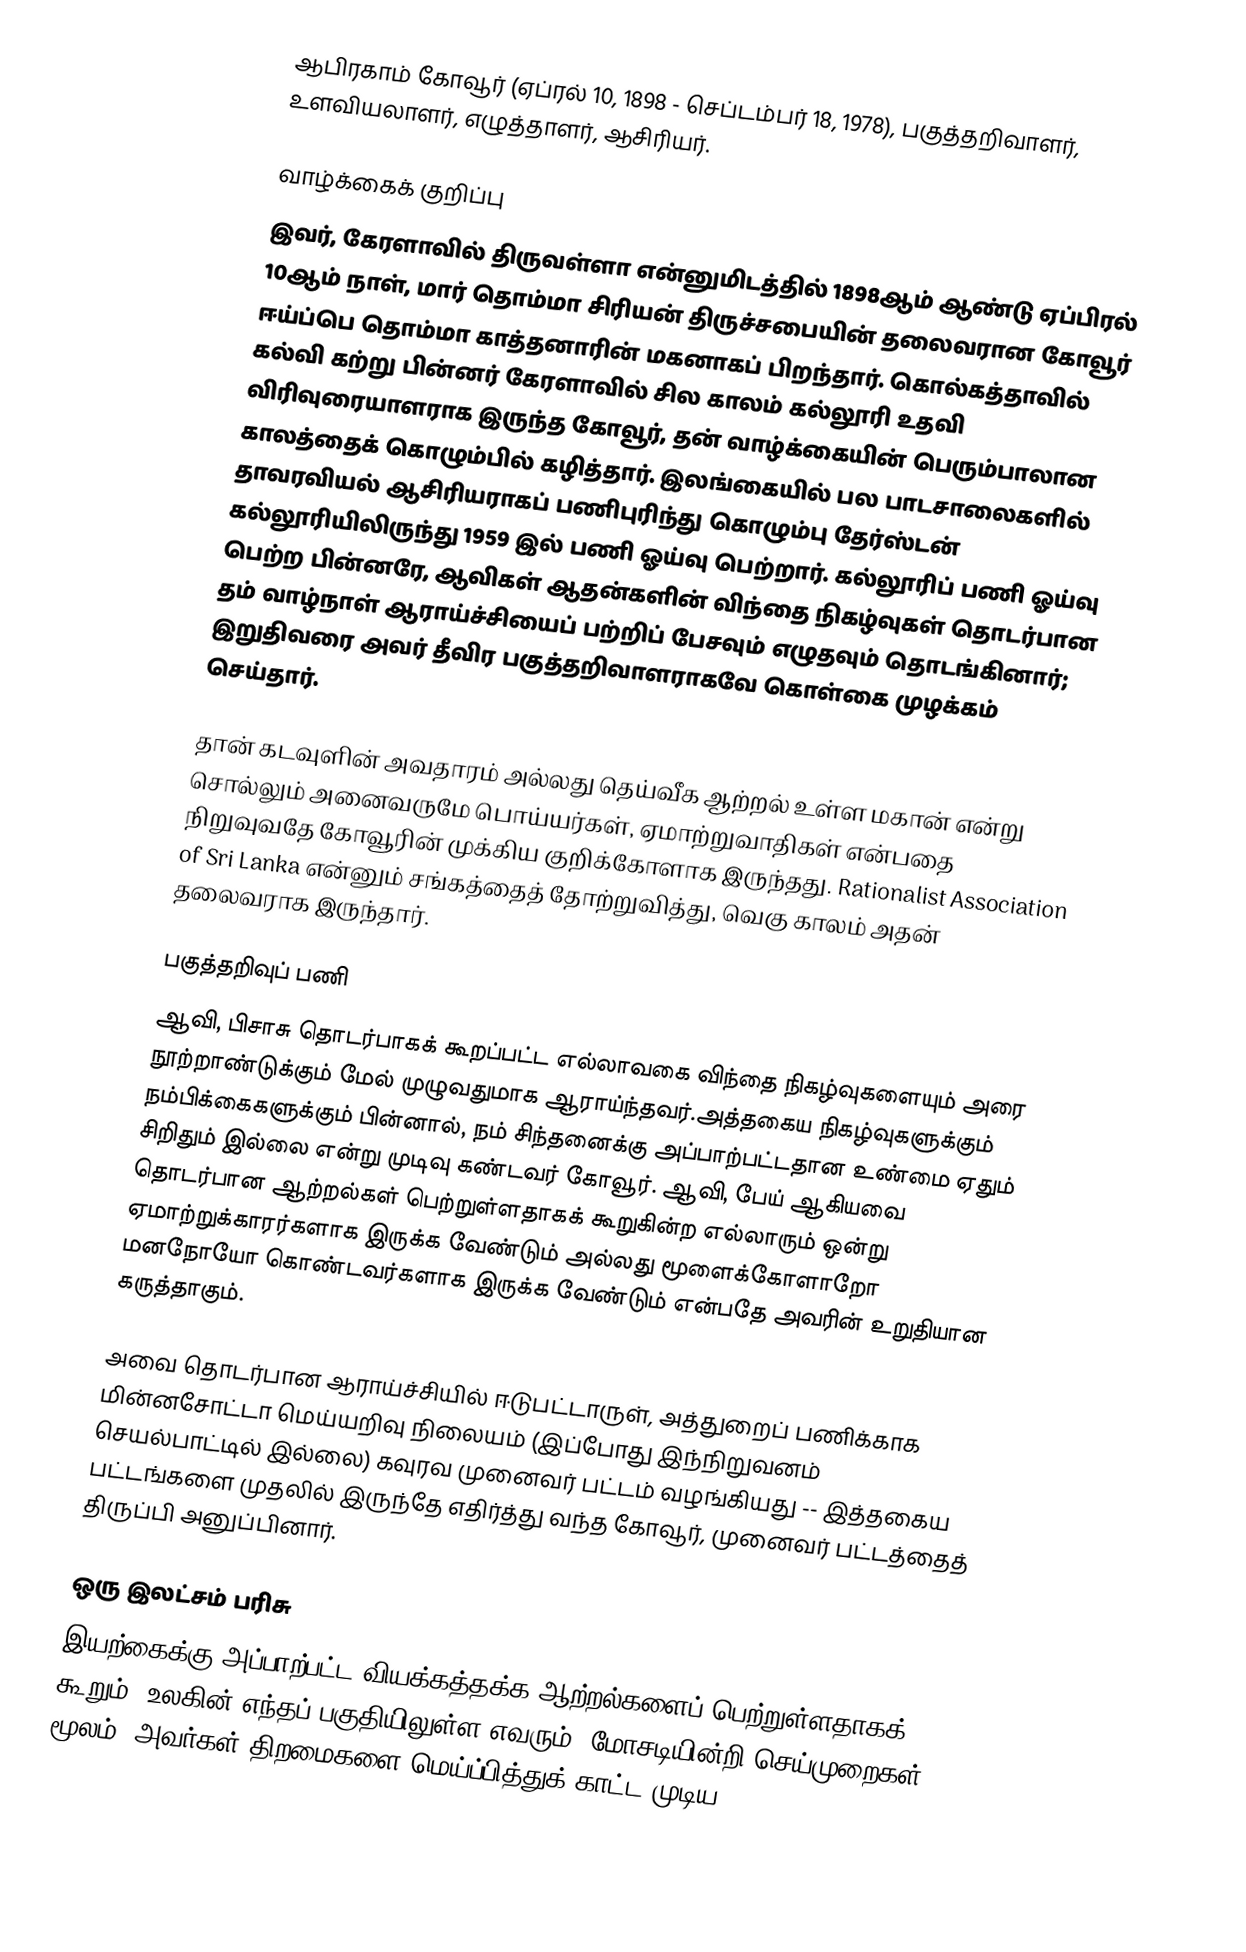
ஆபிரகாம் கோவூர் (ஏப்ரல் 10, 1898 - செப்டம்பர் 18, 1978), பகுத்தறிவாளர், உளவியலாளர், எழுத்தாளர், ஆசிரியர்.

வாழ்க்கைக் குறிப்பு
இவர், கேரளாவில் திருவள்ளா என்னுமிடத்தில் 1898ஆம் ஆண்டு ஏப்பிரல் 10ஆம் நாள், மார் தொம்மா சிரியன் திருச்சபையின் தலைவரான கோவூர் ஈய்ப்பெ தொம்மா காத்தனாரின் மகனாகப் பிறந்தார். கொல்கத்தாவில் கல்வி கற்று பின்னர் கேரளாவில் சில காலம் கல்லூரி உதவி விரிவுரையாளராக இருந்த கோவூர், தன் வாழ்க்கையின் பெரும்பாலான காலத்தைக்  கொழும்பில் கழித்தார். இலங்கையில் பல பாடசாலைகளில் தாவரவியல் ஆசிரியராகப் பணிபுரிந்து கொழும்பு தேர்ஸ்டன் கல்லூரியிலிருந்து 1959 இல் பணி ஓய்வு பெற்றார். கல்லூரிப் பணி ஓய்வு பெற்ற பின்னரே, ஆவிகள் ஆதன்களின் விந்தை நிகழ்வுகள் தொடர்பான தம் வாழ்நாள் ஆராய்ச்சியைப் பற்றிப் பேசவும் எழுதவும் தொடங்கினார்; இறுதிவரை அவர் தீவிர பகுத்தறிவாளராகவே கொள்கை முழக்கம் செய்தார்.

தான் கடவுளின் அவதாரம் அல்லது தெய்வீக ஆற்றல் உள்ள மகான் என்று சொல்லும் அனைவருமே பொய்யர்கள், ஏமாற்றுவாதிகள் என்பதை நிறுவுவதே கோவூரின் முக்கிய குறிக்கோளாக இருந்தது. Rationalist Association of Sri Lanka என்னும் சங்கத்தைத் தோற்றுவித்து, வெகு காலம் அதன் தலைவராக இருந்தார்.

பகுத்தறிவுப் பணி
ஆவி, பிசாசு தொடர்பாகக் கூறப்பட்ட எல்லாவகை விந்தை நிகழ்வுகளையும் அரை நூற்றாண்டுக்கும் மேல் முழுவதுமாக ஆராய்ந்தவர்.அத்தகைய நிகழ்வுகளுக்கும் நம்பிக்கைகளுக்கும் பின்னால், நம் சிந்தனைக்கு அப்பாற்பட்டதான உண்மை ஏதும் சிறிதும் இல்லை என்று முடிவு கண்டவர் கோவூர். ஆவி, பேய் ஆகியவை தொடர்பான ஆற்றல்கள் பெற்றுள்ளதாகக் கூறுகின்ற எல்லாரும் ஒன்று ஏமாற்றுக்காரர்களாக இருக்க வேண்டும் அல்லது மூளைக்கோளாறோ மனநோயோ கொண்டவர்களாக இருக்க வேண்டும் என்பதே அவரின் உறுதியான கருத்தாகும்.

அவை தொடர்பான ஆராய்ச்சியில் ஈடுபட்டாருள், அத்துறைப் பணிக்காக மின்னசோட்டா மெய்யறிவு நிலையம் (இப்போது இந்நிறுவனம் செயல்பாட்டில் இல்லை) கவுரவ முனைவர் பட்டம் வழங்கியது -- இத்தகைய பட்டங்களை முதலில் இருந்தே எதிர்த்து வந்த கோவூர், முனைவர் பட்டத்தைத் திருப்பி அனுப்பினார்.

ஒரு இலட்சம் பரிசு
இயற்கைக்கு அப்பாற்பட்ட வியக்கத்தக்க ஆற்றல்களைப் பெற்றுள்ளதாகக் கூறும், உலகின் எந்தப் பகுதியிலுள்ள எவரும், மோசடியின்றி செய்முறைகள் மூலம், அவர்கள் திறமைகளை  மெய்ப்பித்துக் காட்ட முடிய